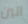
الين